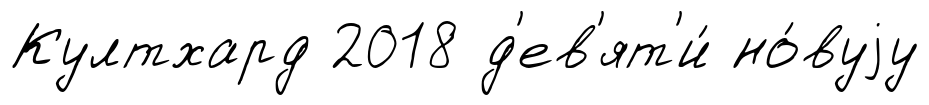
Култхард 2018 д'ев'ят'и́ но́вуjу